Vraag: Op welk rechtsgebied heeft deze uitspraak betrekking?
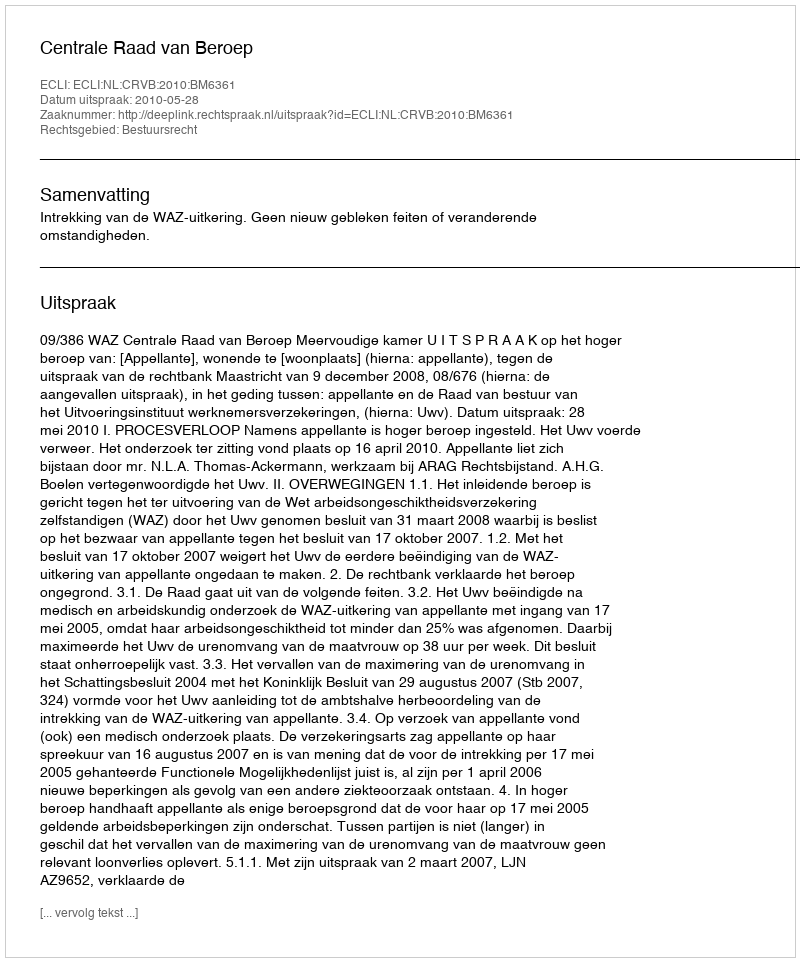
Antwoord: Bestuursrecht